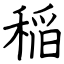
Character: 稲